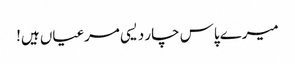
میرے پاس چار دیسی مرغیاں ہیں!